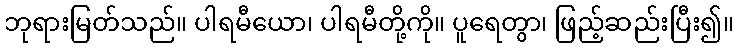
ဘုရားမြတ်သည်။ ပါရမီယော၊ ပါရမီတို့ကို။ ပူရေတွာ၊ ဖြည့်ဆည်းပြီး၍။